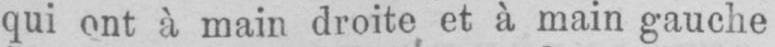
qui ont à main droite et à main gauche